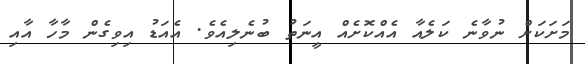
މަށަކަށް ނުވާނެ ކަލެއާ އެއްކޮށެއް އީނަތު ބުނެލިއެވެ. އެއަޑު އިވިގެން މާހާ އާއި